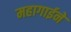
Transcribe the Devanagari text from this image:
महागाईने